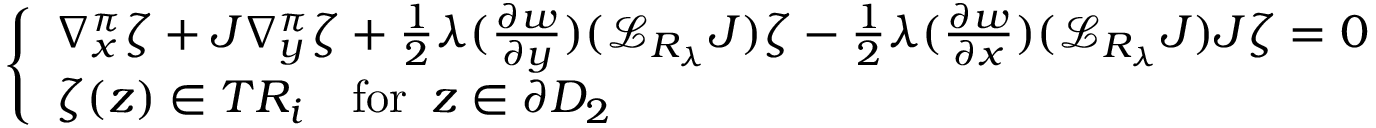
\left\{ \begin{array} { l l } { \nabla _ { x } ^ { \pi } \zeta + J \nabla _ { y } ^ { \pi } \zeta + \frac { 1 } { 2 } \lambda ( \frac { \partial w } { \partial y } ) ( { \mathcal L } _ { R _ { \lambda } } J ) \zeta - \frac { 1 } { 2 } \lambda ( \frac { \partial w } { \partial x } ) ( { \mathcal L } _ { R _ { \lambda } } J ) J \zeta = 0 } \\ { \zeta ( z ) \in T R _ { i } \quad \mathrm { f o r ~ } \, z \in \partial D _ { 2 } } \end{array} \right.